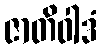
ဇာတိဝါဒံ